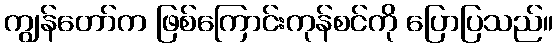
ကျွန်တော်က ဖြစ်ကြောင်းကုန်စင်ကို ပြောပြသည်။